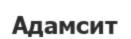
Адамсит